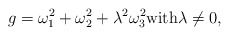
\begin{align*}g = \omega^{2}_{1} + \omega^{2}_{2} + \lambda^{2} \omega^{2}_{3} {\rm with} \lambda \neq 0,\end{align*}